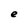
Character: e